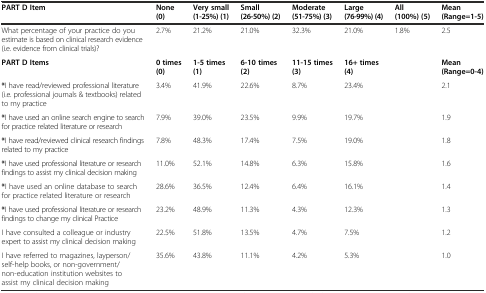
| PART D Item | None (0) | Very small (1-25%) (1) | Small (26-50%) (2) | Moderate (51-75%) (3) | Large (76-99%) (4) | All (100%) (5) | Mean (Range=1-5) |
 | --- | --- | --- | --- | --- | --- | --- | --- |
 | What percentage of your practice do you estimate is based on clinical research evidence (i.e. evidence from clinical trials)? | 2.7% | 21.2% | 21.0% | 32.3% | 21.0% | 1.8% | 2.5 |
 | PART D Items | 0 times (0) | 1-5 times (1) | 6-10 times (2) | 11-15 times (3) | <COLSPAN=2> 16+ times (4) | Mean (Range=0-4) |
 | *I have read/reviewed professional literature (i.e. professional journals & textbooks) related to my practice | 3.4% | 41.9% | 22.6% | 8.7% | <COLSPAN=2> 23.4% | 2.1 |
 | *I have used an online search engine to search for practice related literature or research | 7.9% | 39.0% | 23.5% | 9.9% | <COLSPAN=2> 19.7% | 1.9 |
 | *I have read/reviewed clinical research findings related to my practice | 7.8% | 48.3% | 17.4% | 7.5% | <COLSPAN=2> 19.0% | 1.8 |
 | *I have used professional literature or research findings to assist my clinical decision making | 11.0% | 52.1% | 14.8% | 6.3% | <COLSPAN=2> 15.8% | 1.6 |
 | *I have used an online database to search for practice related literature or research | 28.6% | 36.5% | 12.4% | 6.4% | <COLSPAN=2> 16.1% | 1.4 |
 | *I have used professional literature or research findings to change my clinical Practice | 23.2% | 48.9% | 11.3% | 4.3% | <COLSPAN=2> 12.3% | 1.3 |
 | I have consulted a colleague or industry expert to assist my clinical decision making | 22.5% | 51.8% | 13.5% | 4.7% | <COLSPAN=2> 7.5% | 1.2 |
 | I have referred to magazines, layperson/self-help books, or non-government/non-education institution websites to assist my clinical decision making | 35.6% | 43.8% | 11.1% | 4.2% | <COLSPAN=2> 5.3% | 1.0 |